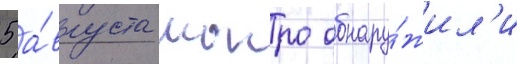
5 а́вгуста монро обнару́жил'и